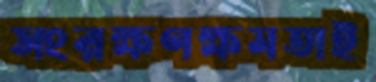
সংরক্ষণক্ষমতাই